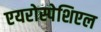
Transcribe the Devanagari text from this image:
एयरोस्पेशिएल